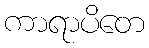
ကာရာပိတေ